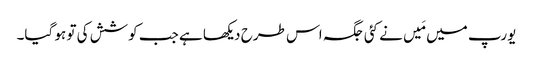
یورپ میں مَیں نے کئی جگہ اس طرح دیکھا ہے جب کوشش کی تو ہو گیا۔